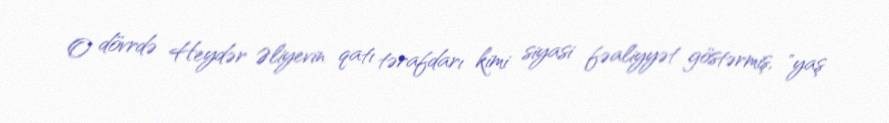
O dövrdə Heydər Əliyevin qatı tərafdarı kimi siyasi fəaliyyət göstərmiş, "yaş